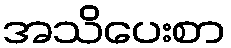
အသိပေးစာ